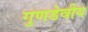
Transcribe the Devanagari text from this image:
गुणडेवीय